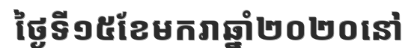
ថ្ងៃទី១៥ខែមករាឆ្នាំ២០២០នៅ